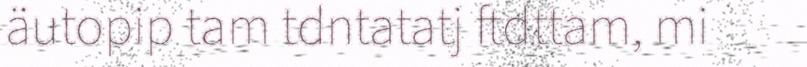
äutopip tam tdntatatj ftdttam, mi